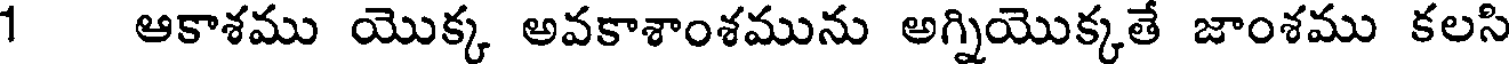
1 ఆకాశము యొక్క అవకాశాంశమును అగ్నియొక్కతే జాంశము కలసి